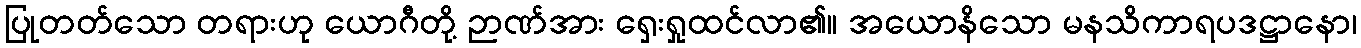
ပြုတတ်သော တရားဟု ယောဂီတို့ ဉာဏ်အား ရှေးရှုထင်လာ၏။ အယောနိသော မနသိကာရပဒဋ္ဌာနော၊